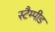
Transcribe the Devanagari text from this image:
स्टैम्पीड